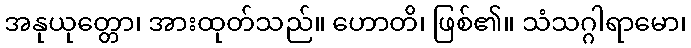
အနုယုတ္တော၊ အားထုတ်သည်။ ဟောတိ၊ ဖြစ်၏။ သံသဂ္ဂါရာမော၊